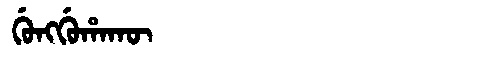
Manchu: ᡤᡠᠩᡤᡠᡥᠠᡴᡡ
Romanization: GUNGGUHAKŪ